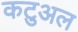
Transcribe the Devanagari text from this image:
कटुअल